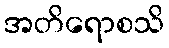
အတိရောစသိ